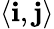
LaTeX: \langle{\mathbf i},{\mathbf j}\rangle